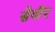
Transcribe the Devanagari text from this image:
सेवीर